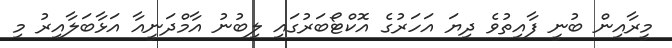
މީރާއިން ބުނީ ފާއިތުވެ ދިޔަ އަހަރުގެ އޮކްޓޯބަރުގައި ލިބުނު އާމްދަނީއާ އަޅާބަލާއިރު މި